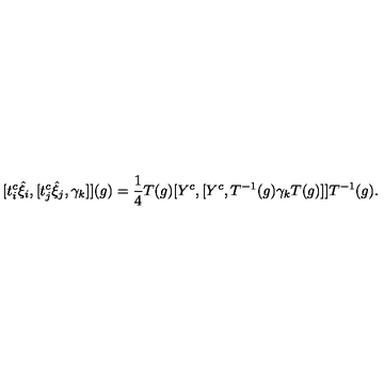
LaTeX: [ t _ { i } ^ { c } { \hat { \xi } } _ { i } , [ t _ { j } ^ { c } { \hat { \xi } } _ { j } , { \gamma } _ { k } ] ] ( g ) = \frac { 1 } { 4 } T ( g ) [ Y ^ { c } , [ Y ^ { c } , T ^ { - 1 } ( g ) { \gamma } _ { k } T ( g ) ] ] T ^ { - 1 } ( g ) .